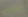
الوقت